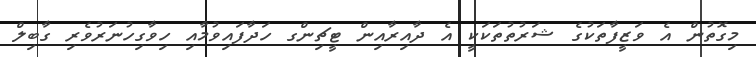
މިގޮތުން އެ ވަޒީފާތަކުގެ ޝަރުތުތަކަކީ އެ ދާއިރާއިން ޓީޗިންގ ހަދާފައިވުމާއި ހިވާގިހުނަރުވެރި ގާބިލް